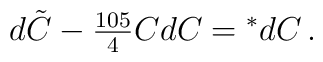
d\tilde {C} - {\textstyle {105\over 4}} CdC = {}^* dC\, .